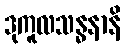
ဒုကူလသန္ဓနာနိ